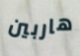
هاربين